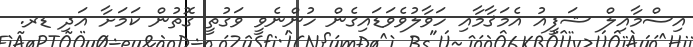
އިސްމާއިލް ޝަފީއު އެމަޤާމާއި ހަވާލުވެވަޑައިގެން ހުންނެވީ ވަގުތީ ގޮތުން ކަމަށާ އަދި ޑރ.